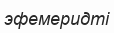
эфемеридті